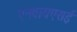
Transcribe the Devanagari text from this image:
एनवायएसई